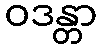
ဝဒန္တာ